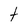
Character: t